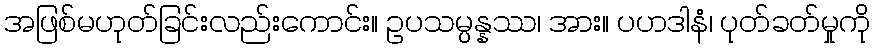
အဖြစ်မဟုတ်ခြင်းလည်းကောင်း။ ဥပသမ္ပန္နဿ၊ အား။ ပဟဒါနံ၊ ပုတ်ခတ်မှုကို